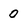
Character: 0